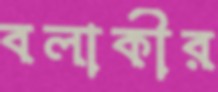
বলাকীর